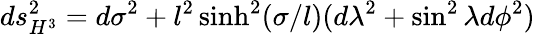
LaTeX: ds_{H^{3}}^{2}=d\sigma^{2}+l^{2}\sinh^{2}(\sigma/l)(d\lambda^{2}+\sin^{2}\lambda d\phi^{2})